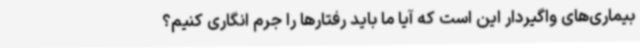
بیماری‌های واگیردار این است که آیا ما باید رفتارها را جرم انگاری کنیم؟